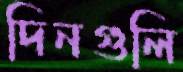
দিনগুলি